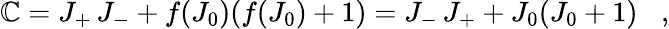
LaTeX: \mathbb{C}=J_{+}\, J_{-}+f(J_{0})(f(J_{0})+1)=J_{-}\, J_{+}+J_{0}(J_{0}+1)\; \; \; ,